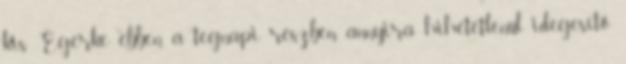
kis Egérke ebben a tegnapi részben annyira hihetetlenül idegesítő